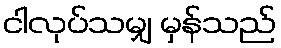
ငါလုပ်သမျှ မှန်သည်